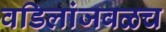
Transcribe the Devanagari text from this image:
वडिलांजवळच